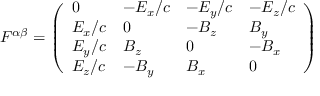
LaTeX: F ^ { \alpha \beta } = { \left( \begin{array} { l l l l } { 0 } & { - E _ { x } / c } & { - E _ { y } / c } & { - E _ { z } / c } \\ { E _ { x } / c } & { 0 } & { - B _ { z } } & { B _ { y } } \\ { E _ { y } / c } & { B _ { z } } & { 0 } & { - B _ { x } } \\ { E _ { z } / c } & { - B _ { y } } & { B _ { x } } & { 0 } \end{array} \right) }